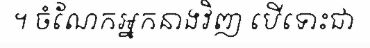
។ ចំណែកអ្នកនាងវិញ បើទោះជា